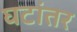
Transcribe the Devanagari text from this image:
घटांतर